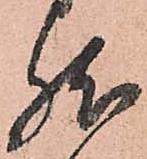
然